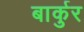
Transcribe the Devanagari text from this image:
बार्कुर